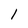
Character: 1